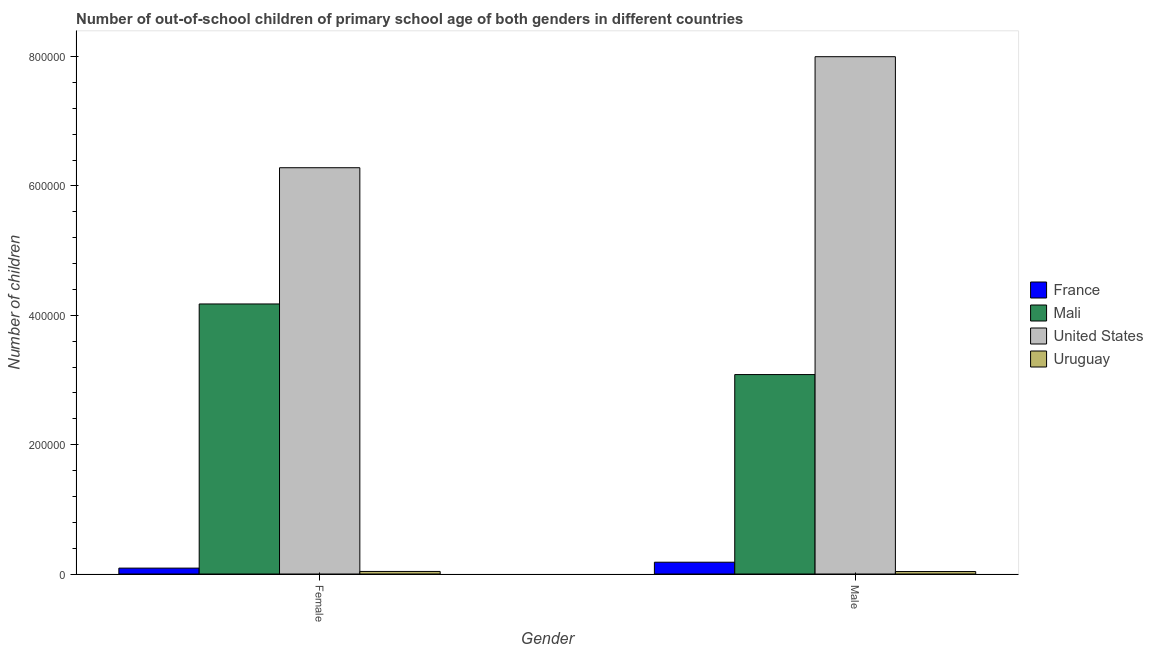
| Gender | France | Mali | United States | Uruguay |
 | --- | --- | --- | --- | --- |
 | Female | 9.1e+03 | 4.18e+05 | 6.28e+05 | 3.96e+03 |
 | Male | 1.82e+04 | 3.08e+05 | 8e+05 | 3.82e+03 |